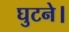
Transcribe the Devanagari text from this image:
घुटने।